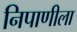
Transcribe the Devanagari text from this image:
निपाणीला